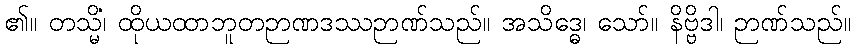
၏။ တသ္မိံ၊ ထိုယထာဘူတဉာဏဒဿဉာဏ်သည်။ အသိဒ္ဓေ၊ သော်။ နိဗ္ဗိဒါ၊ ဉာဏ်သည်။